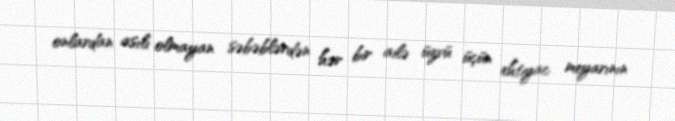
onlardan asılı olmayan səbəblərdən hər bir ailə üzvü üçün ehtiyac meyarının